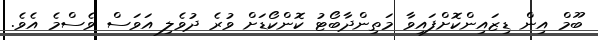
ބޫމް އިން ޑިޒައިންކޮށްފައިވާ މަތިންދާބޯޓު ކޮންކޯޑަށް ވުރެ ދުވެލި އަވަސް ވެސްމެ އެވެ.